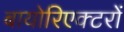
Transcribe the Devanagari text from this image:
बायोरिएक्टरों